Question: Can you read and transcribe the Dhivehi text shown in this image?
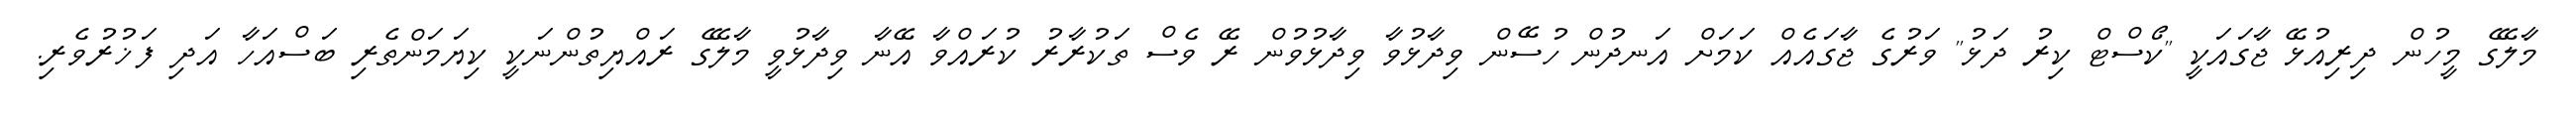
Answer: މާލޭގެ މީހުން ދިރިއުޅޭ ޖާގައަކީ ''ކޯސްޓް ކިރު ދަޅު'' ވަރުގެ ޖާގައެއް ކަމަށް އަނދުން ހުސޭން ވިދާޅުވާ ވިދާޅުވުން ރޭ ވެސް ތަކުރާރު ކުރައްވާ އޭނާ ވިދާޅުވީ މާލޭގެ ރައްޔިތުންނަކީ ކިޔަމަންތެރި ބަސްއަހާ އަދި ފަޚުރުވެރި.